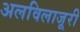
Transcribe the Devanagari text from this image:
अलविलाजूरी